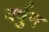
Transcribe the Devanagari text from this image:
वर्षुन